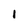
Character: 1